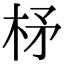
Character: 柕